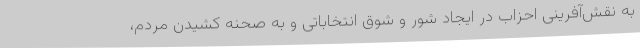
به نقش‌آفرینی احزاب در ایجاد شور و شوق انتخاباتی و به صحنه کشیدن مردم،